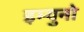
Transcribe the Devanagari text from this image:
इम्युनो